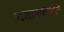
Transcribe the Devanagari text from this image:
चयापचयातून